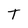
Character: T